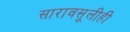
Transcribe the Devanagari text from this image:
सारावसूलीही